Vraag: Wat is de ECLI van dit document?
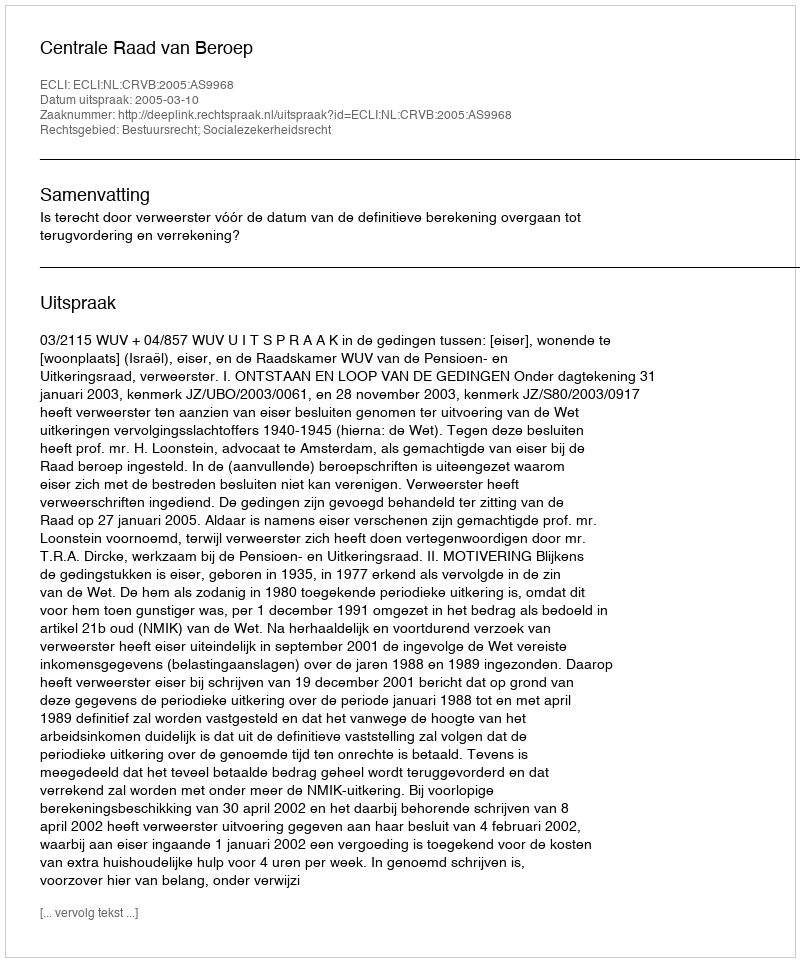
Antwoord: ECLI:NL:CRVB:2005:AS9968